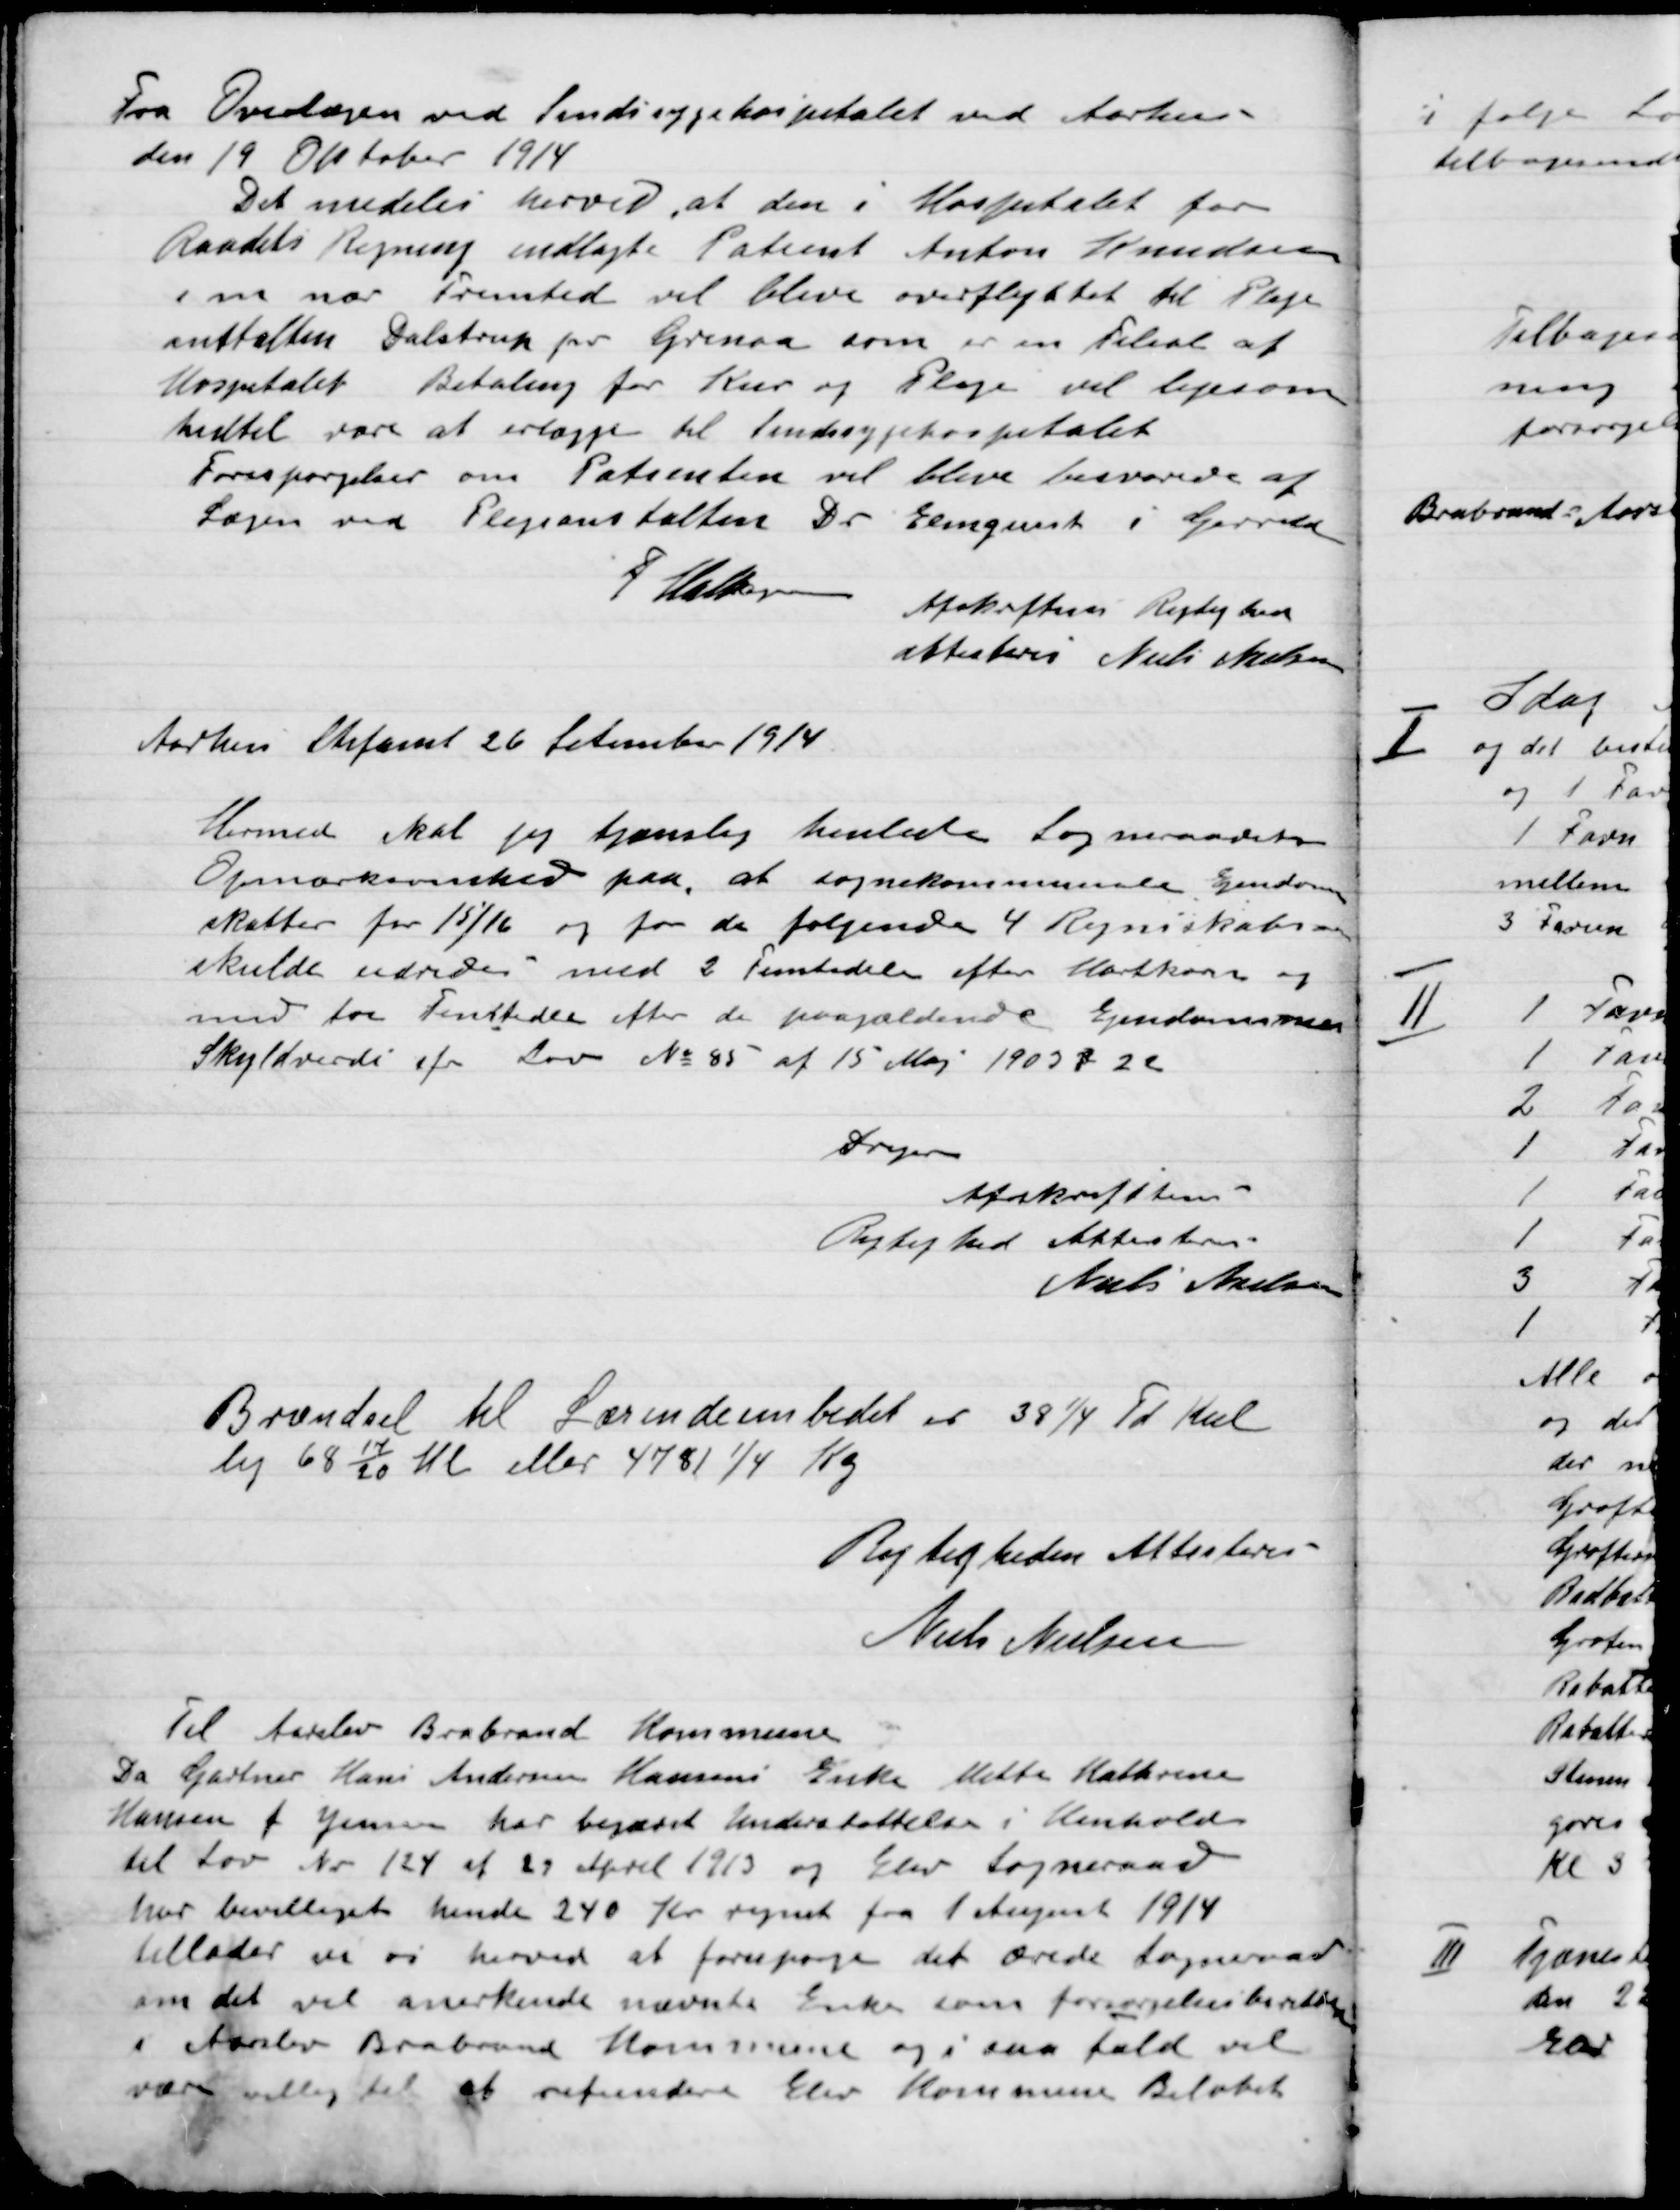
Transskription:
Fra Overlægen ved sindssygehospitalet ved Aarhus
den 19 Oktober 1914.
Det meddeles herved at den i hospitalet for
Raadets Regning indlagte Patient Anton Knudsen
I en nær Fremtid vil blive overflyttet til Pleje-
anstalten Dalstrup pr Grenaa som er en Tilsat af
Hospitalet Betaling for Kur og Pleje vil ligesom
 hidtil være at erlægge til sindssygehospitalet
Forespørgsler om Patienten vil blive besvarede af
Lægen ved Plejeanstalten der Elmquist i Grenaa
F. Halsten
Afskriften Rigtigheden
Attesteres Niels Nielsen

Aarhus  26 Setember 1914
Hermed skal jeg tjenstlig henlede Sogneraadets
Opmærksomhed paa at Sognekommunens Ejendoms -
skatter for 15/16 og for de følgende 4 Regnskabsaar
skulde inddrives med 2 femtedele efter Hartkorn og
mere toe Femtedel efter de paagældende Ejendommes
Skyldværdi efter Lov No. 85 af 15 Maj 1903 § 22.
Drejer
Afskriften
Rigtighed Attestation
Niels Nielsen

Brændsel til Lærerembedet er 38 ¼ Td. Kul
lig 68 14/20 Hl. Eller 4781 ¼ Kg
Rigtigheden Attestation
Niels Nielsen

Til Aarslev Brabrand Kommune
Da Gartner Hans Andersen Hansen Enke Mette Kattrine
Hansen f. Jensen har begæret Understøttelse i Henhold
til Lov Nr. 124 af 29 April 1913 og Elev Sogneraad
har bevilliget hende 240 Kr. regnet fra 1 August 1914
tillader vi vi herved at forespørge det ærede Sogneraad
om det vil anerkende nævnte Enke som forsørgelsesberettiget
i Aarslev Brabrand Kommune og i saa fald vil
være villig til at refundere elev Kommune beløbet.